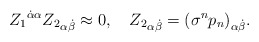
\begin{align*}{Z_1}^{\dot\alpha \alpha}{Z_2}_{\alpha\dot\beta}\approx0,\quad{Z_2}_{\alpha\dot\beta}={(\sigma^n p_n)}_{\alpha\dot\beta}.\end{align*}